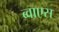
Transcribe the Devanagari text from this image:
ब्वाएस